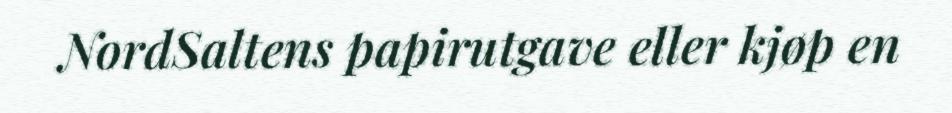
NordSaltens papirutgave eller kjøp en